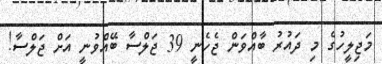
މަޖިލީހުގެ މި ދައުރު ބާއްވަން ޖެހެނީ 39 ޖަލްސާ ބޭއްވުނީ އަށް ޖަލްސާ!